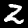
Label: 2